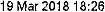
19 MAR 2018 18:26